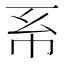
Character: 𢁴